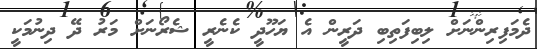
ދެމަފިރިންނަށް ލިބިފަތިބި ދަރީން އެ ޔަހޫދީ ކެނެރީ ޝެރޯނަށް މަރު ދޭ ދިނުމަކީ